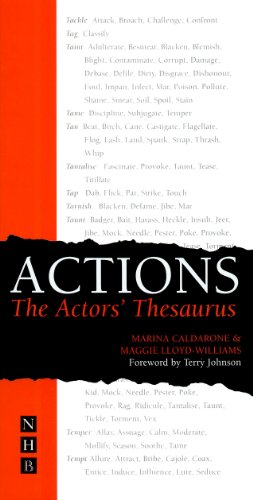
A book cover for Actions: The Actor's Thesaurus; Marina Caldarone; Reference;